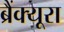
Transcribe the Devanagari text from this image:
ब्रैंक्यूरा